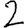
Digit: 2